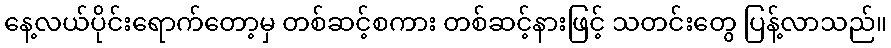
နေ့လယ်ပိုင်းရောက်တော့မှ တစ်ဆင့်စကား တစ်ဆင့်နားဖြင့် သတင်းတွေ ပြန့်လာသည်။